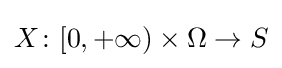
X\colon [0,+\infty )\times \Omega \to S